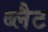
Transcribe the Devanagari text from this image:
ब्लैट